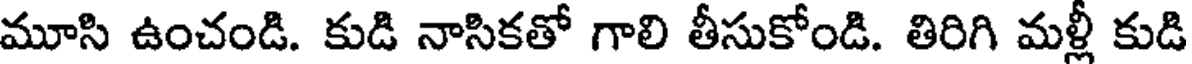
మూసి ఉంచండి. కుడి నాసికతో గాలి తీసుకోండి. తిరిగి మళ్లీ కుడి